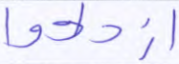
ازدادوا